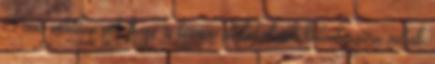
Nem véletlen volt hogy a kémiai átalakulások különbségére voltak